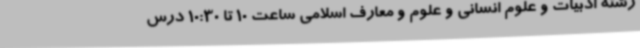
رشته ادبیات و علوم انسانی و علوم و معارف اسلامی ساعت 10 تا 10:30 درس